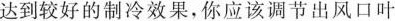
达到较好的制冷效果，你应该调节出风口